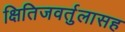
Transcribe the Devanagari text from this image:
क्षितिजवर्तुलासह